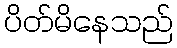
ပိတ်မိနေသည်